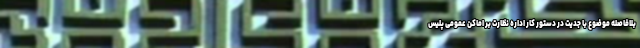
بلافاصله موضوع با جدیت در دستور کار اداره نظارت بر اماکن عمومی پلیس